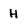
Character: H